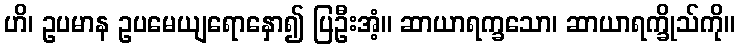
ဟိ၊ ဥပမာန ဥပမေယျရောနှော၍ ပြဦးအံ့။ ဆာယာရက္ခသော၊ ဆာယာရက္ခိုသ်ကို။